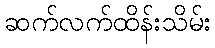
ဆက်လက်ထိန်းသိမ်း